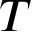
T